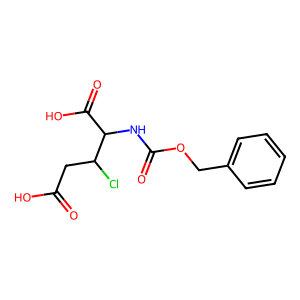
SMILES: O=C(O)CC(Cl)C(NC(=O)OCc1ccccc1)C(=O)O
Inhibits HIV replication: No